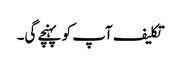
تکلیف آپ کو پہنچے گی۔